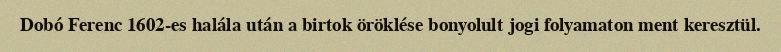
Dobó Ferenc 1602-es halála után a birtok öröklése bonyolult jogi folyamaton ment keresztül.